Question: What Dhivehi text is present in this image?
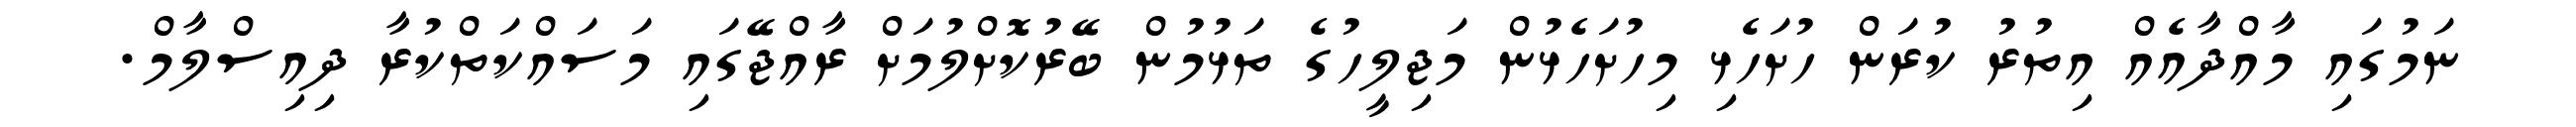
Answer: ނަމުގައި މާއްދާއެއް އިތުރު ކުރަން ހުށަހެޅި މިހުށަހެޅުން މަޖިލީހުގެ ތަޅުމުން ބޭރުކޮށްލުމަށް ރާއްޖޭގައި މަސައްކަތްކުރާ ދިއިސްލާމް.